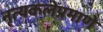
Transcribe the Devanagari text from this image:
नृत्यकलेप्रमाणे